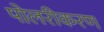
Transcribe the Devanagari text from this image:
पोलरीकरण